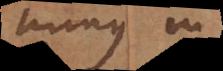
minus in